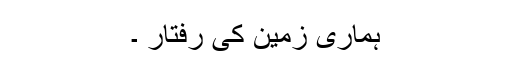
ہماری زمین کی رفتار ۔